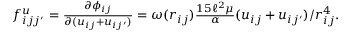
\begin{array} { r } { f _ { i j j ^ { \prime } } ^ { u } = \frac { \partial \phi _ { i j } } { \partial ( u _ { i j } + u _ { i j ^ { \prime } } ) } = \omega ( r _ { i j } ) \frac { 1 5 \ell ^ { 2 } \mu } { \alpha } ( u _ { i j } + u _ { i j ^ { \prime } } ) / r _ { i j } ^ { 4 } . } \end{array}